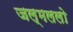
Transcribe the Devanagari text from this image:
जल्मललो